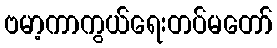
ဗမာ့ကာကွယ်ရေးတပ်မတော်